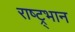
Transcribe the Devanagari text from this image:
राष्ट्र्भान